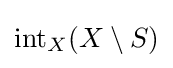
\operatorname {int} _{X}(X\setminus S)